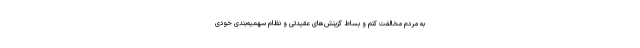
به مردم مخالفت کنم و بساط گزینش‌های عقیدتی و نظام سهمیه‌بندی خودی